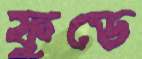
ফুডে